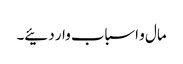
مال و اسباب وار دئیے۔